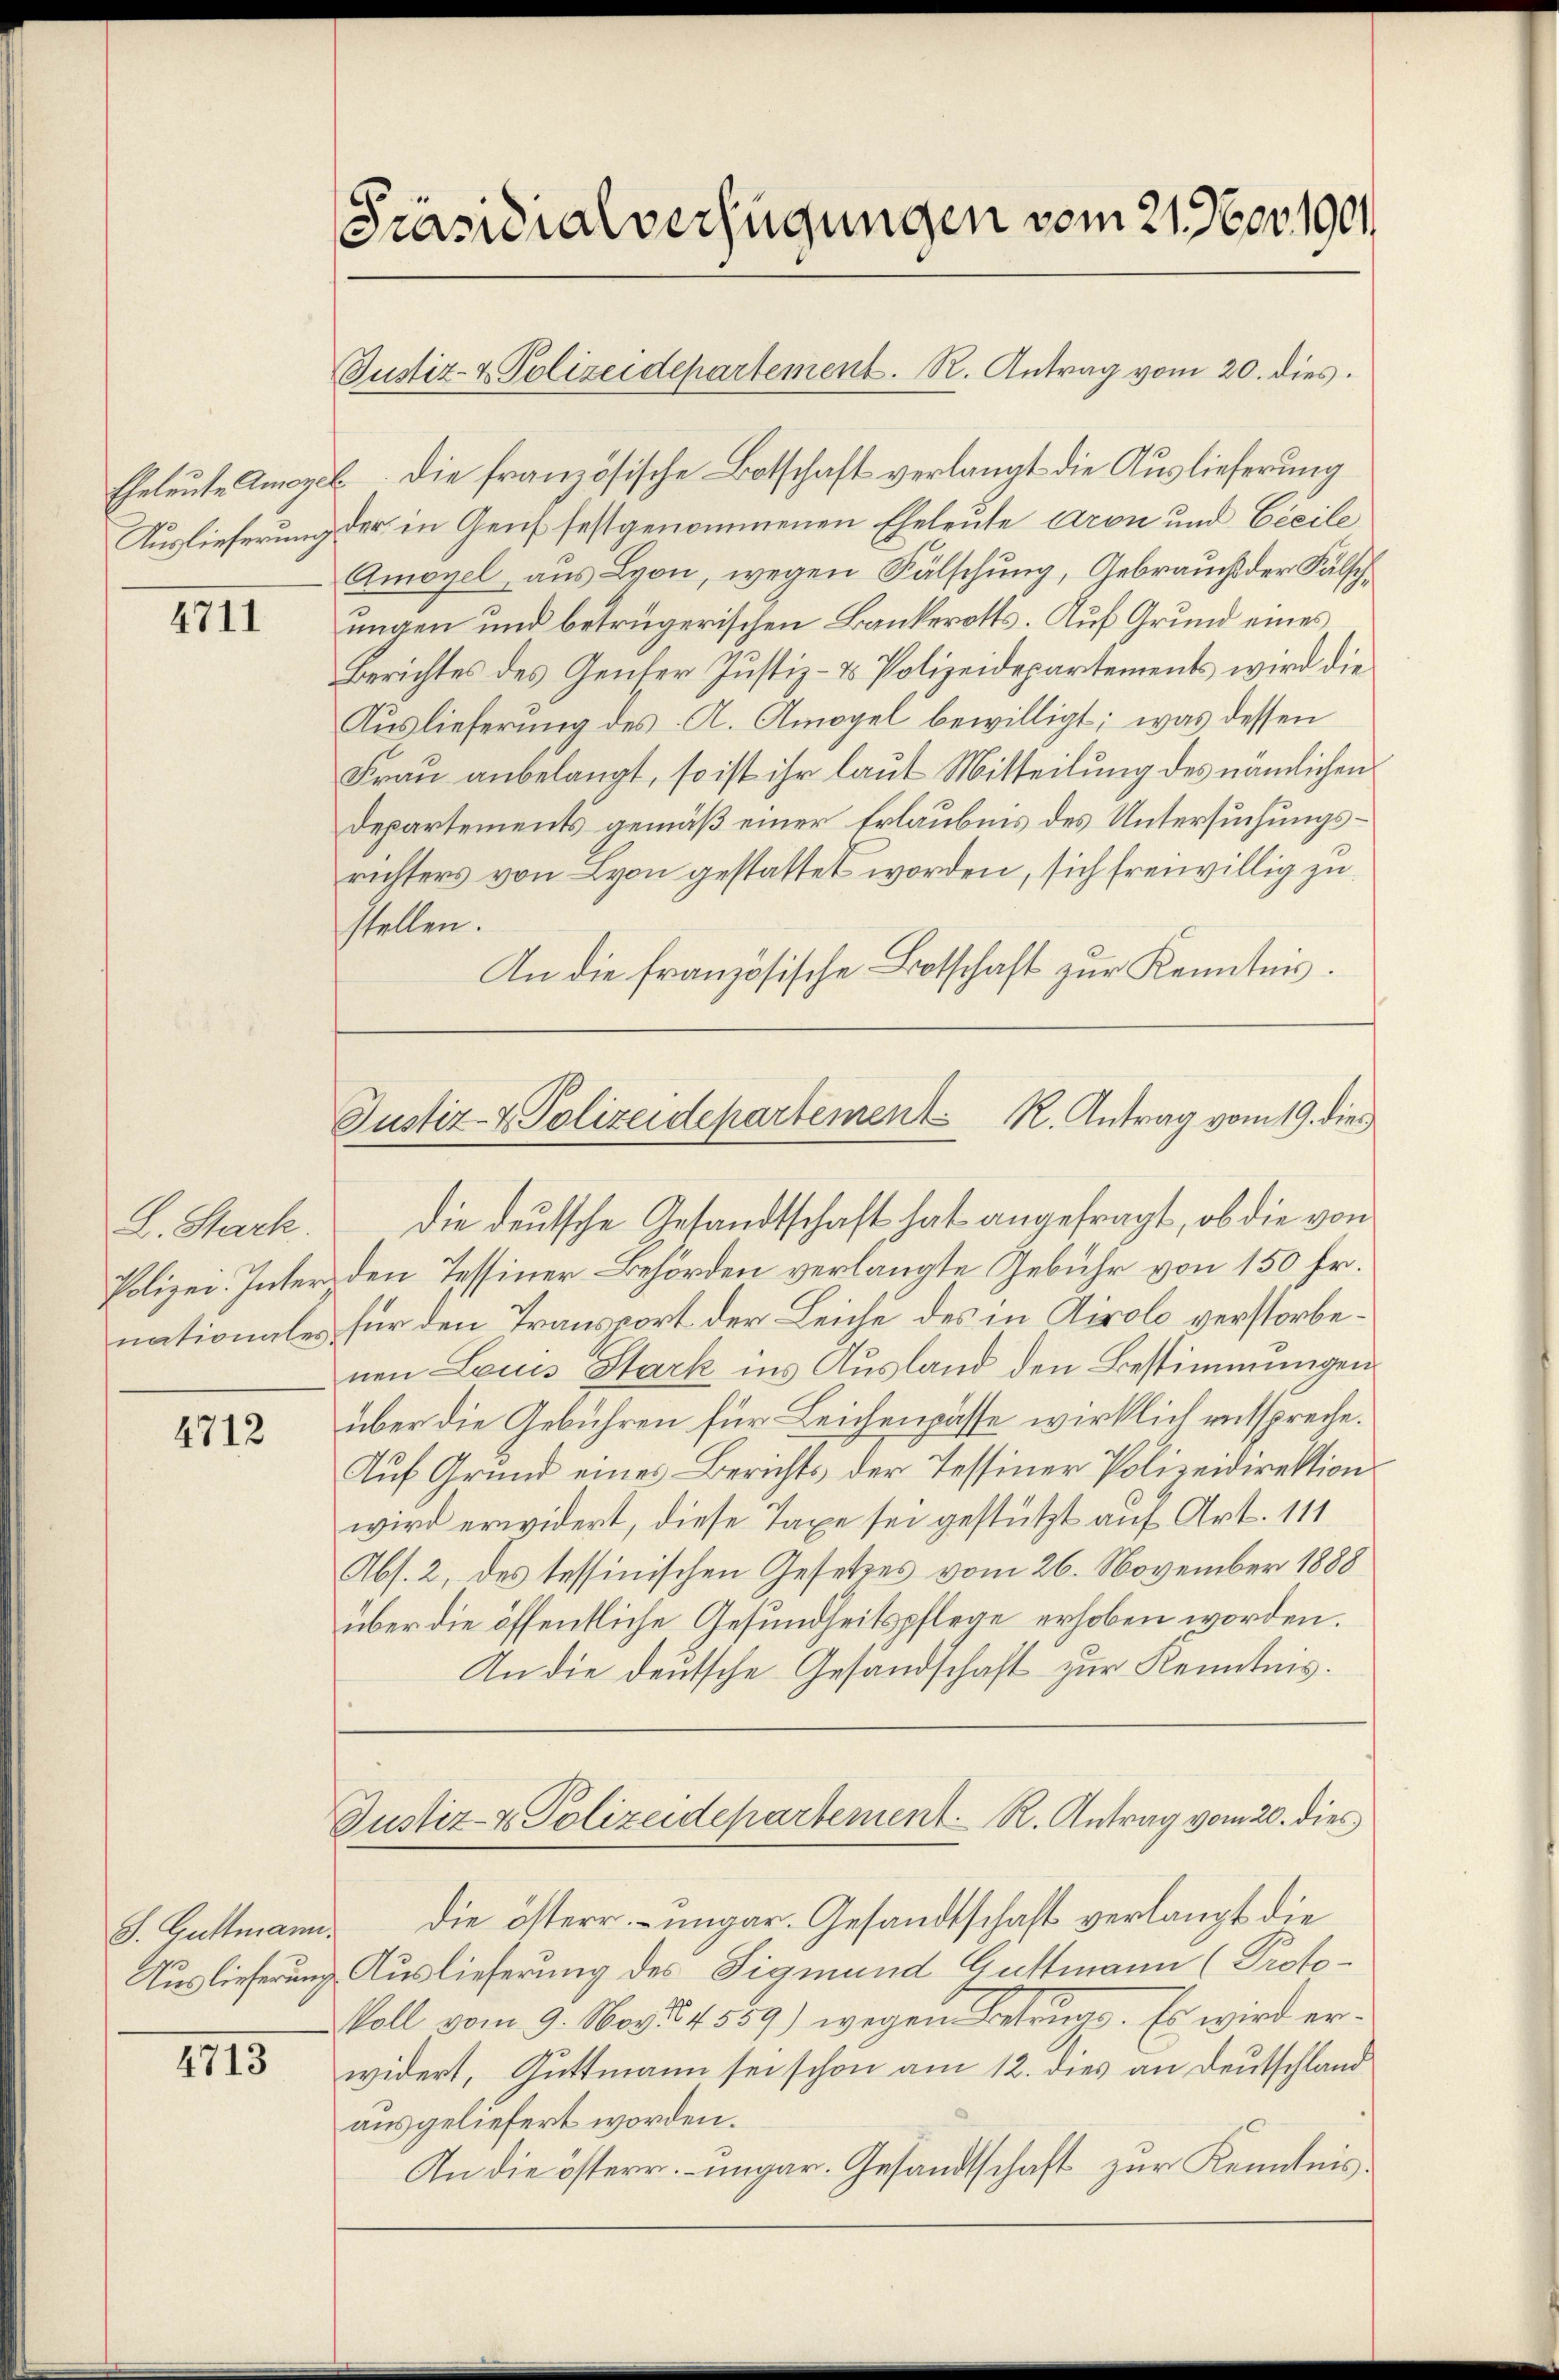
Eheleute Amey¬
Auslieferung

4711

L. Stark.
Polizei. Inter
nationales.

4712

4713

Präsidialverfügungen vom 21. Nov. 1901

Justiz- & Polizeidepartement. R. Antrag vom 20. dies

die französische Botschaft verlangt die Auslieferung
b
der in Genf festgenommenen Eheleute Aron und Cieile
Amogel aus Lyon, wegen Fälschung, Gebrauchs der Fälschungen und betrügerischen Bankerotts. Auf Grund eines
Berichtes des Genfer Justiz- & Polizeidepartements wird die
Auslieferung des A. Amogel bewilligt; was dessen
Frau anbelangt, so ist ihr laut Mitteilung des nämlichen
Departements gemäß einer Erlaubnis des Untersuchungsrichters von Lyon gestattet worden, sich freiwillig zu
stellen.
An die französische Botschaft zur Kenntnis.

Justiz- & Polizeidepartement K. Antrag vom 19. dies

die deutsche Gesandtschaft hat angefragt, ob die von
den Tessiner Behörden verlangte Gebühr von 150 Fr.
für den Transport der Leiche des in Airolo verstorbenen Louis Stark ins Ausland den Bestimmungen
über die Gebühren für Leichenpasse wirklich entspreche.
Auf Grund eines Berichts der Tessiner Polizeidirektion
wird erwidert, diese Taxe sei gestützt auf Art. 111
Abs. 2, des tessinischen Gesetzes vom 26. November 1888
über die öffentliche Gesundheitspflege erhoben worden.
An die deutsche Gesandschaft zur Kenntnis.

Justiz- & Polizeidepartement. R. Antrag vom 20. dies

S. Guttmann die österr. ungar. Gesandtschaft verlangt die
Auslieferung Auslieferung des Sigmund Guttmann (Proto¬
Voll vom 9. Nov. 14559) wegen Betruge. Es wird erwidert, Guttmann sei schon am 12. dies an Deutschland
ausgeliefert worden.
An die österr. ungar. Gesandtschaft zur Kenntnis